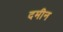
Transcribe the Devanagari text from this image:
दमीन